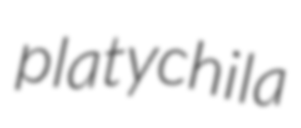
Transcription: platychila